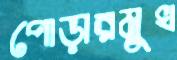
পোড়ারমুখ